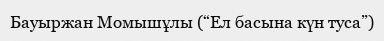
Бауыржан Момышұлы (“Ел басына күн туса”)